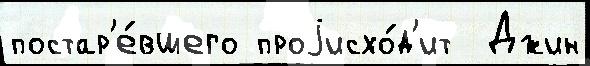
постар'е́вшего проjисхо́д'ит  Джин